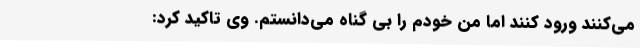
می‌کنند ورود کنند اما من خودم را بی گناه می‌دانستم. وی تاکید کرد: